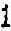
1